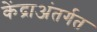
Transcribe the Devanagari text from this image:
केंद्राअंतर्गत